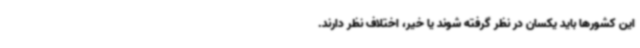
این کشورها باید یکسان در نظر گرفته شوند یا خیر، اختلاف نظر دارند.